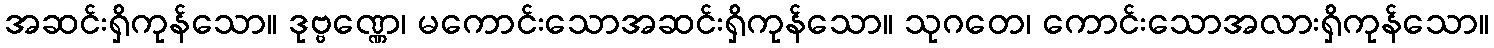
အဆင်းရှိကုန်သော။ ဒုဗ္ဗဏ္ဏေ၊ မကောင်းသောအဆင်းရှိကုန်သော။ သုဂတေ၊ ကောင်းသောအလားရှိကုန်သော။